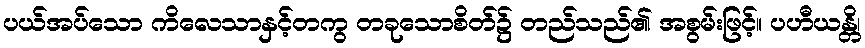
ပယ်အပ်သော ကိလေသာနှင့်တကွ တခုသောစိတ်၌ တည်သည်၏ အစွမ်းဖြင့်။ ပဟီယန္တိ၊